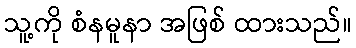
သူ့ကို စံနမူနာ အဖြစ် ထားသည်။